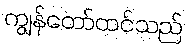
ကျွန်တော်ထင်သည်